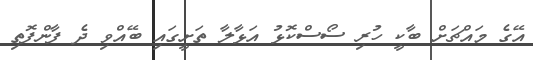
އޭގެ މައްޗަށް ބާކީ ހުރި ސޯސްކޮޅު އަޅާލާ ތަށީގައި ބޭއްވި ދެ ފާންފޮތި